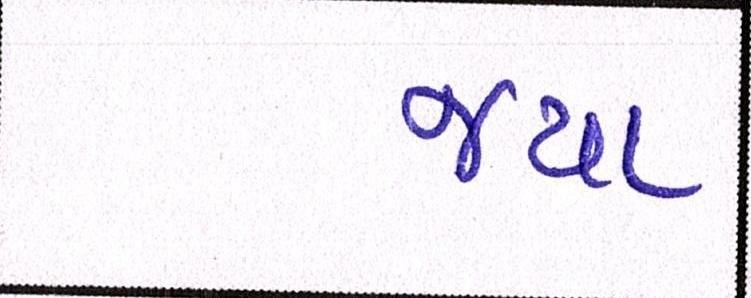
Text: જયા